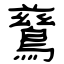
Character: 鶿